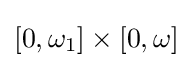
[0,\omega _{1}]\times [0,\omega ]